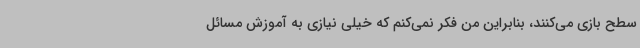
سطح بازی می‌کنند، بنابراین من فکر نمی‌کنم که خیلی نیازی به آموزش مسائل